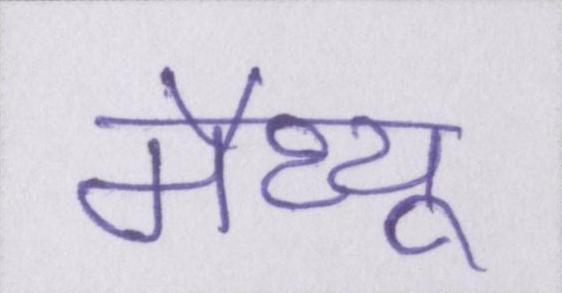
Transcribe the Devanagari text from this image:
मैथ्यू